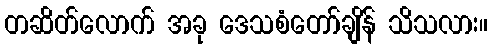
တဆိတ်လောက် အခု ဒေသစံတော်ချိန် သိသလား။